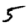
Digit: 5